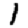
Digit: 1